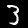
Label: 3